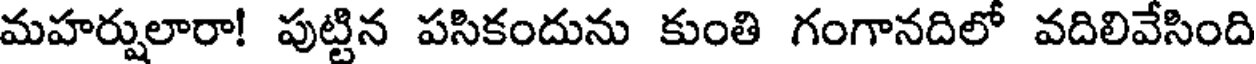
మహర్షులారా! పుట్టిన పసికందును కుంతి గంగానదిలో వదిలివేసింది